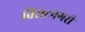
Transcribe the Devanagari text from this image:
विराटनगरी